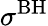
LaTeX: \sigma^{\mathrm{BH}}